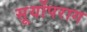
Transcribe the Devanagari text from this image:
सूर्योपराग